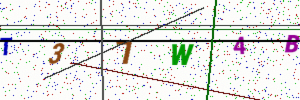
Text: T37W4B